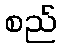
စည်